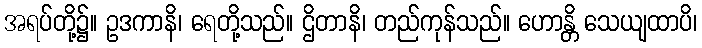
အရပ်တို့၌။ ဥဒကာနိ၊ ရေတို့သည်။ ဌိတာနိ၊ တည်ကုန်သည်။ ဟောန္တိ သေယျထာပိ၊